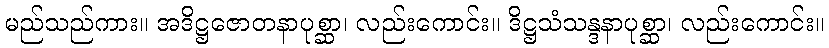
မည်သည်ကား။ အဒိဋ္ဌဇောတနာပုစ္ဆာ၊ လည်းကောင်း။ ဒိဋ္ဌသံသန္ဒနာပုစ္ဆာ၊ လည်းကောင်း။